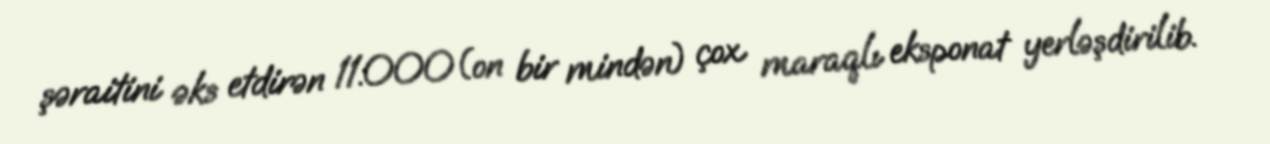
şəraitini əks etdirən 11.000(on bir mindən) çox maraqlı eksponat yerləşdirilib.